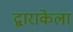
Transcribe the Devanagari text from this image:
द्वाराकेला